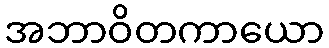
အဘာဝိတကာယော